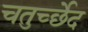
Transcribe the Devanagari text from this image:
चतुर्च्छेद